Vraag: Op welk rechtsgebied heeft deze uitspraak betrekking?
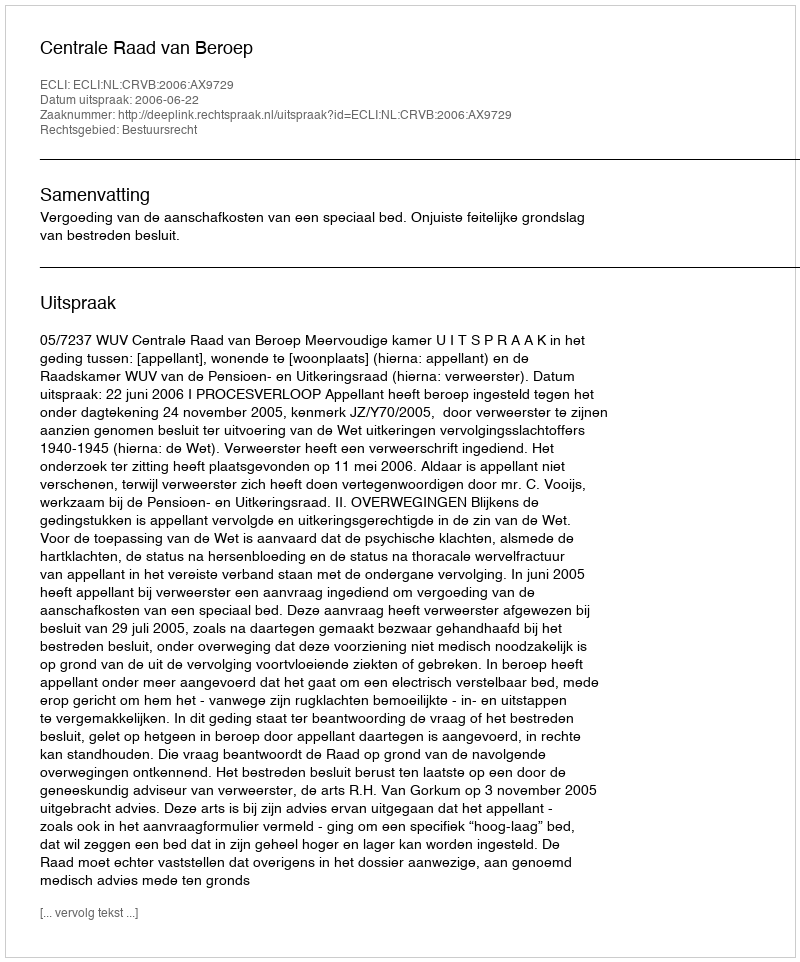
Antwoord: Bestuursrecht